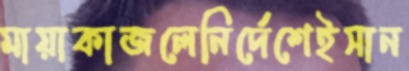
মায়াকাজলেনির্দেশেইসান